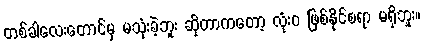
တစ်ခါလေးတောင်မှ မသုံးခဲ့ဘူး ဆိုတာကတော့ လုံးဝ ဖြစ်နိုင်စရာ မရှိဘူး။